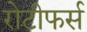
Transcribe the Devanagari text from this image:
रोटीफर्स